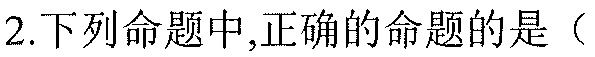
2.下列命题中,正确的命题的是（